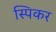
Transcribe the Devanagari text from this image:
स्पिकर